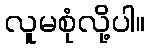
လူမစုံလို့ပါ။